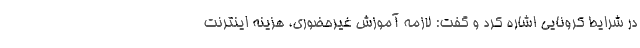
در شرایط کرونایی اشاره کرد و گفت: لازمه آموزش غیرحضوری، هزینه اینترنت